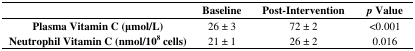
|  | Baseline | Post-Intervention | p Value |
 | --- | --- | --- | --- |
 | Plasma Vitamin C (μmol/L) | 26 ± 3 | 72 ± 2 | <0.001 |
 | Neutrophil Vitamin C (nmol/108 cells) | 21 ± 1 | 26 ± 2 | 0.016 |